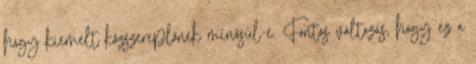
hogy kiemelt közszereplőnek minősül-e. Fontos változás, hogy ez a